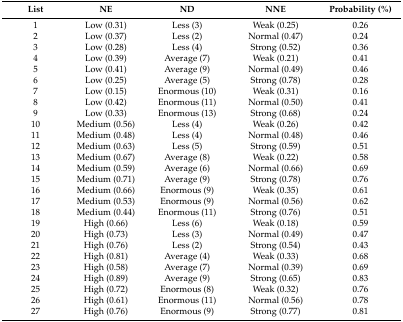
<table><thead><tr><td><b>List</b></td><td><b>NE</b></td><td><b>ND</b></td><td><b>NNE</b></td><td><b>Probability (%)</b></td></tr></thead><tbody><tr><td>1</td><td>Low (0.31)</td><td>Less (3)</td><td>Weak (0.25)</td><td>0.26</td></tr><tr><td>2</td><td>Low (0.37)</td><td>Less (2)</td><td>Normal (0.47)</td><td>0.24</td></tr><tr><td>3</td><td>Low (0.28)</td><td>Less (4)</td><td>Strong (0.52)</td><td>0.36</td></tr><tr><td>4</td><td>Low (0.39)</td><td>Average (7)</td><td>Weak (0.21)</td><td>0.41</td></tr><tr><td>5</td><td>Low (0.41)</td><td>Average (9)</td><td>Normal (0.49)</td><td>0.46</td></tr><tr><td>6</td><td>Low (0.25)</td><td>Average (5)</td><td>Strong (0.78)</td><td>0.28</td></tr><tr><td>7</td><td>Low (0.15)</td><td>Enormous (10)</td><td>Weak (0.31)</td><td>0.16</td></tr><tr><td>8</td><td>Low (0.42)</td><td>Enormous (11)</td><td>Normal (0.50)</td><td>0.41</td></tr><tr><td>9</td><td>Low (0.33)</td><td>Enormous (13)</td><td>Strong (0.68)</td><td>0.24</td></tr><tr><td>10</td><td>Medium (0.56)</td><td>Less (4)</td><td>Weak (0.26)</td><td>0.42</td></tr><tr><td>11</td><td>Medium (0.48)</td><td>Less (4)</td><td>Normal (0.48)</td><td>0.46</td></tr><tr><td>12</td><td>Medium (0.63)</td><td>Less (5)</td><td>Strong (0.59)</td><td>0.51</td></tr><tr><td>13</td><td>Medium (0.67)</td><td>Average (8)</td><td>Weak (0.22)</td><td>0.58</td></tr><tr><td>14</td><td>Medium (0.59)</td><td>Average (6)</td><td>Normal (0.66)</td><td>0.69</td></tr><tr><td>15</td><td>Medium (0.71)</td><td>Average (9)</td><td>Strong (0.78)</td><td>0.76</td></tr><tr><td>16</td><td>Medium (0.66)</td><td>Enormous (9)</td><td>Weak (0.35)</td><td>0.61</td></tr><tr><td>17</td><td>Medium (0.53)</td><td>Enormous (9)</td><td>Normal (0.56)</td><td>0.62</td></tr><tr><td>18</td><td>Medium (0.44)</td><td>Enormous (11)</td><td>Strong (0.76)</td><td>0.51</td></tr><tr><td>19</td><td>High (0.66)</td><td>Less (6)</td><td>Weak (0.18)</td><td>0.59</td></tr><tr><td>20</td><td>High (0.73)</td><td>Less (3)</td><td>Normal (0.49)</td><td>0.47</td></tr><tr><td>21</td><td>High (0.76)</td><td>Less (2)</td><td>Strong (0.54)</td><td>0.43</td></tr><tr><td>22</td><td>High (0.81)</td><td>Average (4)</td><td>Weak (0.33)</td><td>0.68</td></tr><tr><td>23</td><td>High (0.58)</td><td>Average (7)</td><td>Normal (0.39)</td><td>0.69</td></tr><tr><td>24</td><td>High (0.89)</td><td>Average (9)</td><td>Strong (0.65)</td><td>0.83</td></tr><tr><td>25</td><td>High (0.72)</td><td>Enormous (8)</td><td>Weak (0.32)</td><td>0.76</td></tr><tr><td>26</td><td>High (0.61)</td><td>Enormous (11)</td><td>Normal (0.56)</td><td>0.78</td></tr><tr><td>27</td><td>High (0.76)</td><td>Enormous (9)</td><td>Strong (0.77)</td><td>0.81</td></tr></tbody></table>